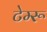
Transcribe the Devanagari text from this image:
टेम्‍रू